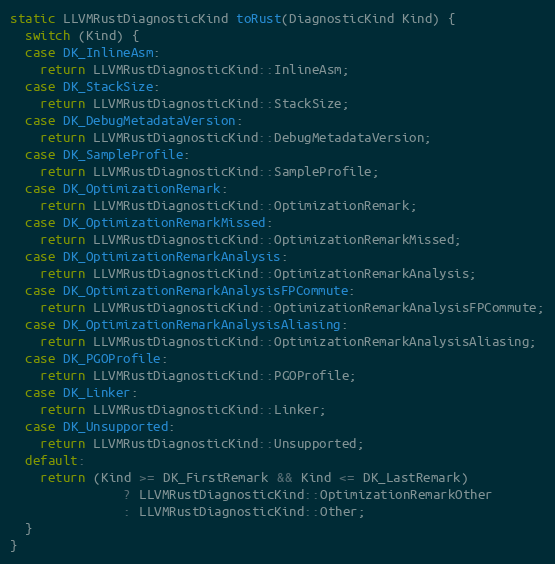
Language: C++
static LLVMRustDiagnosticKind toRust(DiagnosticKind Kind) {
  switch (Kind) {
  case DK_InlineAsm:
    return LLVMRustDiagnosticKind::InlineAsm;
  case DK_StackSize:
    return LLVMRustDiagnosticKind::StackSize;
  case DK_DebugMetadataVersion:
    return LLVMRustDiagnosticKind::DebugMetadataVersion;
  case DK_SampleProfile:
    return LLVMRustDiagnosticKind::SampleProfile;
  case DK_OptimizationRemark:
    return LLVMRustDiagnosticKind::OptimizationRemark;
  case DK_OptimizationRemarkMissed:
    return LLVMRustDiagnosticKind::OptimizationRemarkMissed;
  case DK_OptimizationRemarkAnalysis:
    return LLVMRustDiagnosticKind::OptimizationRemarkAnalysis;
  case DK_OptimizationRemarkAnalysisFPCommute:
    return LLVMRustDiagnosticKind::OptimizationRemarkAnalysisFPCommute;
  case DK_OptimizationRemarkAnalysisAliasing:
    return LLVMRustDiagnosticKind::OptimizationRemarkAnalysisAliasing;
  case DK_PGOProfile:
    return LLVMRustDiagnosticKind::PGOProfile;
  case DK_Linker:
    return LLVMRustDiagnosticKind::Linker;
  case DK_Unsupported:
    return LLVMRustDiagnosticKind::Unsupported;
  default:
    return (Kind >= DK_FirstRemark && Kind <= DK_LastRemark)
               ? LLVMRustDiagnosticKind::OptimizationRemarkOther
               : LLVMRustDiagnosticKind::Other;
  }
}